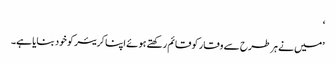
‘
’میں نے ہر طرح سے وقار کو قائم رکھتے ہوئے اپنا کریئر کو خود بنایا ہے۔